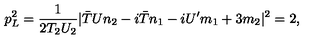
p _ { L } ^ { 2 } = \frac { 1 } { 2 T _ { 2 } U _ { 2 } } | { \bar { T } } U n _ { 2 } - i { \bar { T } } n _ { 1 } - i U ^ { \prime } m _ { 1 } + 3 m _ { 2 } | ^ { 2 } = 2 ,